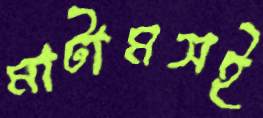
মাটামসই